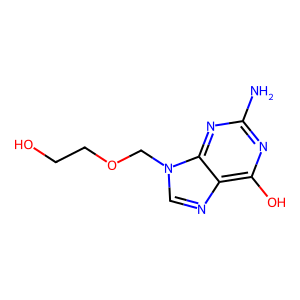
SMILES: Nc1nc(O)c2ncn(COCCO)c2n1
Inhibits HIV replication: No